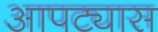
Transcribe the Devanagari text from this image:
आपट्यास